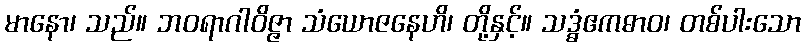
မာနော၊ သည်။ ဘဝရာဂါဝိဇ္ဇာ သံယောဇနေဟိ၊ တို့နှင့်။ သဒ္ဓံဧကဓာဝ၊ တစ်ပါးသော